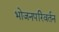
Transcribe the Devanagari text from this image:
भोजनपरिवर्तन